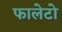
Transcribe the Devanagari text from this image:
फालेटो